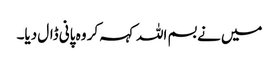
میں نے بسم اللہ کہہ کر وہ پانی ڈال دیا۔